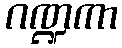
ဂဏ္ဍကာ